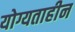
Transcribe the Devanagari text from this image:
योग्यताहीन